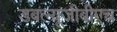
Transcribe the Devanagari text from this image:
डबल्यूजीबीएच